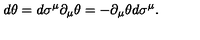
d \theta = d \sigma ^ { \mu } \partial _ { \mu } \theta = - \partial _ { \mu } \theta d \sigma ^ { \mu } .